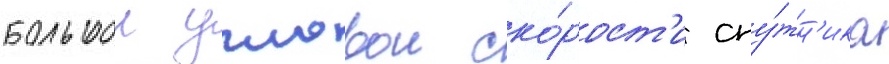
большои угловои ско́рост'и спу́тн'ика